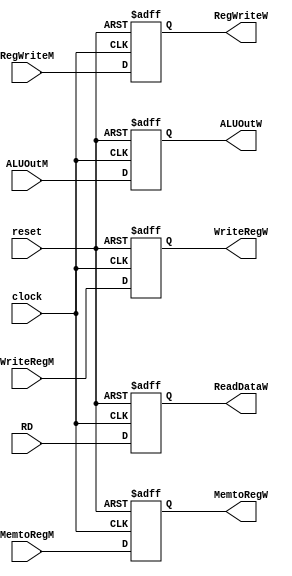
module MemoryToWriteBack(
    input clock, reset, RegWriteM, MemtoRegM, input wire [31:0] ALUOutM, input [4:0] WriteRegM, input [31:0] RD,
    output reg RegWriteW, MemtoRegW, output reg [31:0]  ALUOutW, output reg [4:0] WriteRegW, output reg [31:0] ReadDataW
);

    always @(posedge clock or negedge reset)
    begin
        if( ~reset)
        begin
            MemtoRegW<=0;
            ReadDataW <= 0;
            ALUOutW <= 0;
            RegWriteW <= 0;
            WriteRegW <= 0;
        end
        else 
        begin
            MemtoRegW<=MemtoRegM;
            ReadDataW <= RD;
            RegWriteW <= RegWriteM;
            ALUOutW <= ALUOutM;
            WriteRegW <= WriteRegM;
        end
    end

endmodule